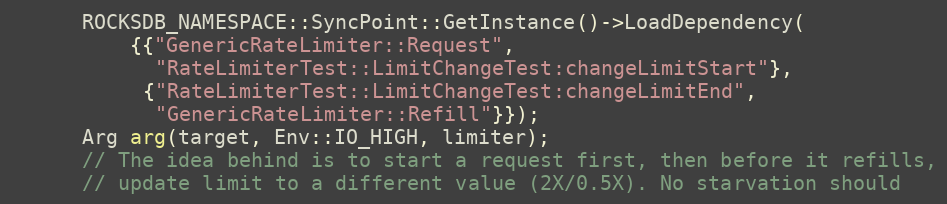
Language: C++
      ROCKSDB_NAMESPACE::SyncPoint::GetInstance()->LoadDependency(
          {{"GenericRateLimiter::Request",
            "RateLimiterTest::LimitChangeTest:changeLimitStart"},
           {"RateLimiterTest::LimitChangeTest:changeLimitEnd",
            "GenericRateLimiter::Refill"}});
      Arg arg(target, Env::IO_HIGH, limiter);
      // The idea behind is to start a request first, then before it refills,
      // update limit to a different value (2X/0.5X). No starvation should